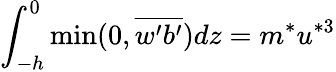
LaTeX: \int_{-h}^{0}\operatorname*{min}(0,\overline{{w^{\prime}b^{\prime}}})dz=m^{*}u^{*3}